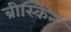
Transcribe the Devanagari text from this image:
ब्रीस्किन